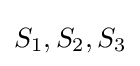
S_{1},S_{2},S_{3}